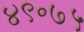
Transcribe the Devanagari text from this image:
४९॰७५